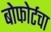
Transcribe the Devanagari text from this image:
बोफोर्टचा